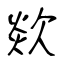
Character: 欻